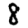
Digit: 8